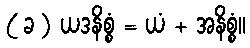
( ခ ) ယဒနိစ္စံ = ယံ + အနိစ္စံ။